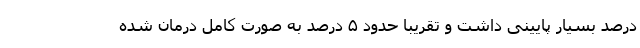
درصد بسیار پایینی داشت و تقریبا حدود ۵ درصد به صورت کامل درمان شده